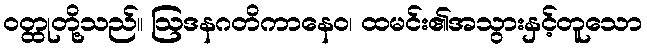
ဝတ္ထုတို့သည်။ ဩဒနဂတိကာနေဝ၊ ထမင်း၏အသွားနှင့်တူသော